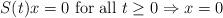
LaTeX: \begin{align*}S(t)x=0\mbox{ for all }t\geq 0\Rightarrow x=0\end{align*}